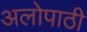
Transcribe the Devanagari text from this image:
अलोपाठी